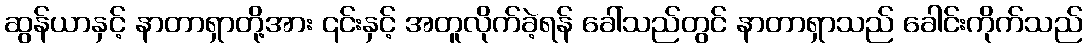
ဆွန်ယာနှင့် နာတာရှာတို့အား ၎င်းနှင့် အတူလိုက်ခဲ့ရန် ခေါ်သည်တွင် နာတာရှာသည် ခေါင်းကိုက်သည်